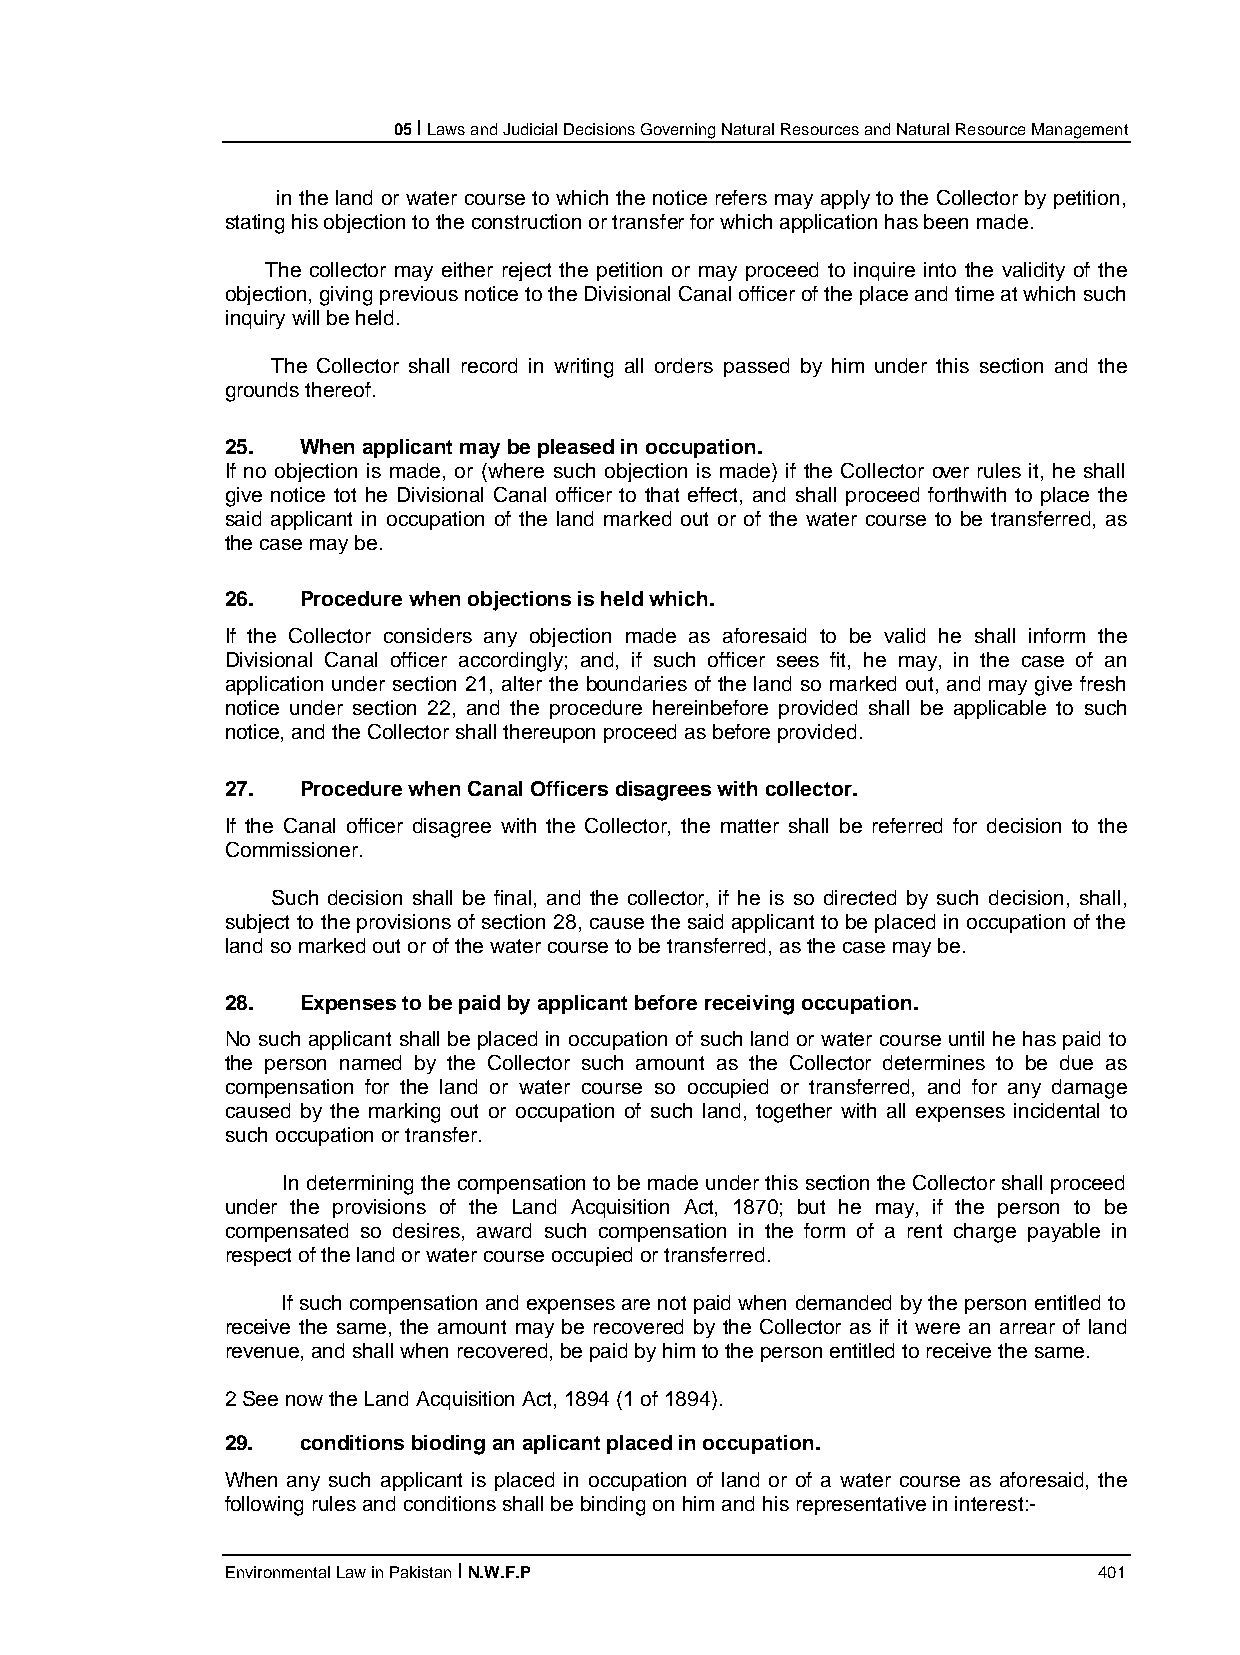
05 I Laws and Judicial Decisions Governing Natural Resources and Natural Resource Management
 in the land or water course to which the notice refers may apply to the Collector by petition,
 stating his objection to the construction or transfer for which application has been made.
 The collector may either reject the petition or may proceed to inquire into the validity of the
 objection, giving previous notice to the Divisional Canal officer of the place and time at which such
 inquiry will be held.
 The Collector shall record in writing all orders passed by him under this section and the
 grounds thereof.
 25.  When applicant may be pleased in occupation.
 If no objection is made, or (where such objection is made) if the Collector over rules it, he shall
 give notice tot he Divisional Canal officer to that effect, and shall proceed forthwith to place the
 said applicant in occupation of the land marked out or of the water course to be transferred, as
 the case may be.
 26.  Procedure when objections is held which.
 If the Collector considers any objection made as aforesaid to be valid he shall inform the
 Divisional Canal officer accordingly; and, if such officer sees fit, he may, in the case of an
 application under section 21, alter the boundaries of the land so marked out, and may give fresh
 notice under section 22, and the procedure hereinbefore provided shall be applicable to such
 notice, and the Collector shall thereupon proceed as before provided.
 27.  Procedure when Canal Officers disagrees with collector.
 If the Canal officer disagree with the Collector, the matter shall be referred for decision to the
 Commissioner.
 Such decision shall be final, and the collector, if he is so directed by such decision, shall,
 subject to the provisions of section 28, cause the said applicant to be placed in occupation of the
 land so marked out or of the water course to be transferred, as the case may be.
 28.  Expenses to be paid by applicant before receiving occupation.
 No such applicant shall be placed in occupation of such land or water course until he has paid to
 the person named by the Collector such amount as the Collector determines to be due as
 compensation for the land or water course so occupied or transferred, and for any damage
 caused by the marking out or occupation of such land, together with all expenses incidental to
 such occupation or transfer.
 In determining the compensation to be made under this section the Collector shall proceed
 under the provisions of the Land Acquisition Act, 1870; but he may, if the person to be
 compensated so desires, award such compensation in the form of a rent charge payable in
 respect of the land or water course occupied or transferred.
 If such compensation and expenses are not paid when demanded by the person entitled to
 receive the same, the amount may be recovered by the Collector as if it were an arrear of land
 revenue, and shall when recovered, be paid by him to the person entitled to receive the same.
 2 See now the Land Acquisition Act, 1894 (1 of 1894).
 29.  conditions bioding an aplicant placed in occupation.
 When any such applicant is placed in occupation of land or of a water course as aforesaid, the
 following rules and conditions shall be binding on him and his representative in interest:-
 Environmental Law in Pakistan I N.W.F.P                   401